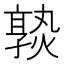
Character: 𡦦